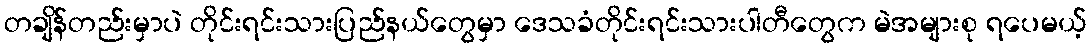
တချိန်တည်းမှာပဲ တိုင်းရင်းသားပြည်နယ်တွေမှာ ဒေသခံတိုင်းရင်းသားပါတီတွေက မဲအများစု ရပေမယ့်